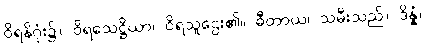
ဝိရနိဂုံး၌။ ဝိရသေဋ္ဌိယာ၊ ဝိရသူဌေး၏။ ဓီတာယ၊ သမီးသည်။ ဒိန္နံ၊